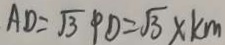
A D = \sqrt { 3 } P D = \sqrt { 3 } \times k m